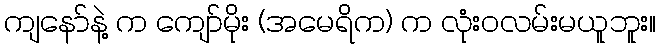
ကျနော်နဲ့ က ကျော်မိုး (အမေရိက) က လုံးဝလမ်းမယူဘူး။